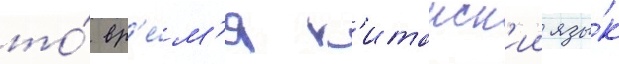
то́ вр'е́м'я к'итаиск'ии язы́к